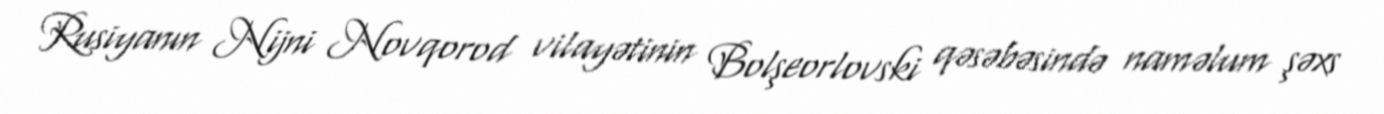
Rusiyanın Nijni Novqorod vilayətinin Bolşeorlovski qəsəbəsində naməlum şəxs